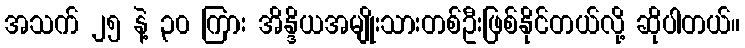
အသက် ၂၅ နဲ့ ၃၀ ကြား အိန္ဒိယအမျိုးသားတစ်ဦးဖြစ်နိုင်တယ်လို့ ဆိုပါတယ်။